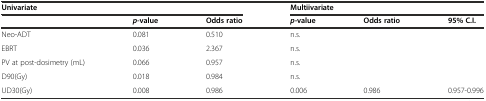
<table><thead><tr><td colspan="3"><b>Univariate</b></td><td colspan="3"><b>Multiivariate</b></td></tr><tr><td></td><td><b><i>p-</i>value</b></td><td><b>Odds ratio</b></td><td><b><i>p-</i>value</b></td><td><b>Odds ratio</b></td><td><b>95% C.I.</b></td></tr></thead><tbody><tr><td>Neo-ADT</td><td>0.081</td><td>0.510</td><td>n.s.</td><td></td><td></td></tr><tr><td>EBRT</td><td>0.036</td><td>2.367</td><td>n.s.</td><td></td><td></td></tr><tr><td>PV at post-dosimetry (mL)</td><td>0.066</td><td>0.957</td><td>n.s.</td><td></td><td></td></tr><tr><td>D90(Gy)</td><td>0.018</td><td>0.984</td><td>n.s.</td><td></td><td></td></tr><tr><td>UD30(Gy)</td><td>0.008</td><td>0.986</td><td>0.006</td><td>0.986</td><td>0.957-0.996</td></tr></tbody></table>